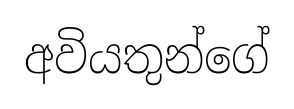
අවියතුන්ගේ